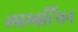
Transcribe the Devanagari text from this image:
लाम्बर्टियन